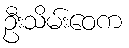
ဦးသိမ်းဝေက